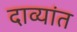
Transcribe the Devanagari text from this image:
दाव्यांत